Lunatic asylums United Provinces 1909-1921 - 1909-1921
Year: 1909
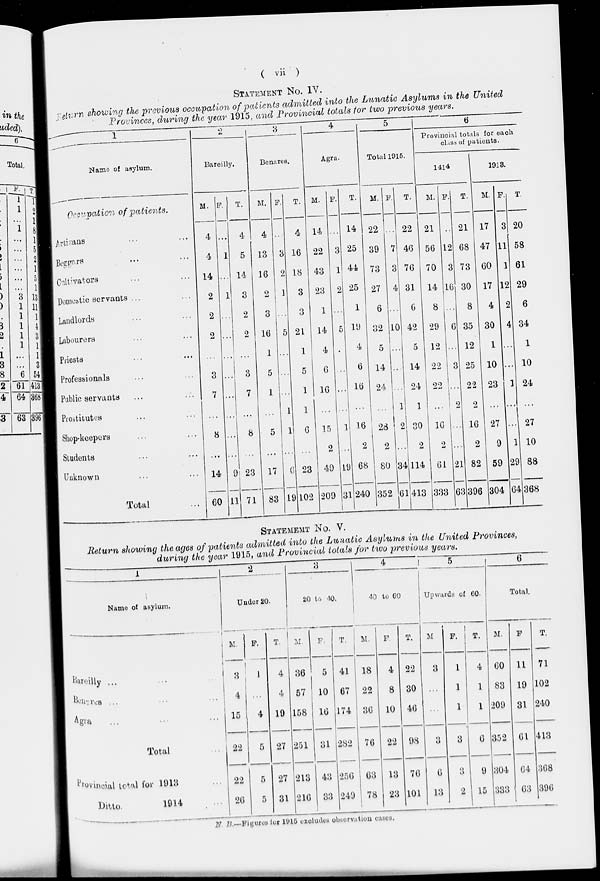
( vii )
STATEMENT No. IV.
Return showing the previous occupation of patients admitted into the Lunatic Asylums in the United
Provinces, during the year 1915, and Provincial totals for two previous years.
1
Name of asylum.
Occupation of patients.
Artizans ... ...
Beggars ... ...
Cultivators ... ...
Domestic servants ... ...
Landlords ... ...
Labourers ... ...
Priests ... ...
Professionals ... ...
Public servants ... ...
Prostitutes ... ...
Shop-keepers ... ...
Students ... ...
Unknown ... ...
Total
2
Bareilly.
M.
4
4
14
2
2
2
...
3
7
...
8
...
14
60
F.
...
1
...
1
...
...
...
...
...
...
...
...
9
11
T.
4
5
14
3
2
2
...
3
7
...
8
...
23
71
3
Benares.
M.
4
13
16
2
3
16
1
5
1
...
5
...
17
83
F.
...
3
2
1
...
5
...
...
...
1
1
...
6
19
T.
4
16
18
3
3
21
1
5
1
1
6
...
23
102
4
Agra.
M.
14
22
43
23
1
14
4
6
16
...
15
2
49
209
F.
...
3
1
2
...
5
...
...
...
...
1
...
19
31
T.
14
25
44
25
1
19
4
6
16
...
16
2
68
240
5
Total 1915.
M.
22
39
73
27
6
32
5
14
24
...
28
2
80
352
F.
...
7
3
4
...
10
...
...
...
1
2
...
34
61
T.
22
46
76
31
6
42
5
14
24
1
30
2
114
413
6
Provincial totals for each
class of patients.
1414
M.
21
56
70
14
8
29
12
22
22
...
16
2
61
333
F.
...
12
3
16
...
6
...
3
...
2
...
...
21
63
T.
21
68
73
30
8
35
12
25
22
2
16
2
82
396
1918.
M.
17
47
60
17
4
30
1
10
23
...
27
9
59
304
F.
3
11
1
12
2
4
...
...
1
...
...
1
29
64
T.
20
58
61
29
6
34
1
10
24
...
27
10
88
368
STATEMENT No. V.
Return showing the ages of patients admitted into the Lunatic Asylums in the United Provinces,
during the year 1915, and Provincial totals for two previous years.
1
Name of asylum.
Bareilly ... ... ...
Benares ... ... ...
Agra ... ... ...
Total ...
Provincial total for 1913 ...
Ditto.
1914 ...
2
Under 20.
M.
3
4
15
22
22
26
F.
1
...
4
5
5
5
T.
4
4
19
27
27
31
3
20 to 40.
M.
36
57
158
251
213
216
F.
5
10
16
31
48
33
T.
41
67
174
282
256
249
4
40 to 60
M.
18
22
36
76
63
78
F.
4
8
10
22
13
23
T.
22
30
46
98
76
101
5
Upwards of 60.
M
3
...
...
3
6
13
F.
1
1
1
3
3
2
T.
4
1
1
6
9
15
6
Total.
M.
60
83
209
352
304
333
F
11
19
31
61
64
63
T.
71
102
240
413
368
396
N. B.—Figures for 1915 excludes observation cases.